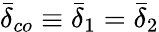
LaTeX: \bar{\delta}_{co}\equiv\bar{\delta}_{1}=\bar{\delta}_{2}